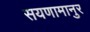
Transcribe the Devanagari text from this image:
सयणामानुर